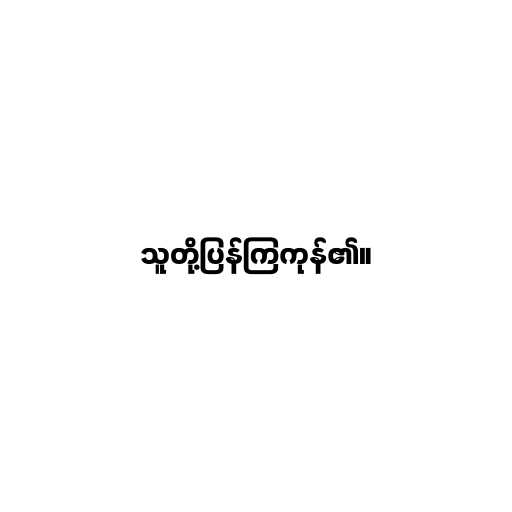
သူတို့ပြန်ကြကုန်၏။